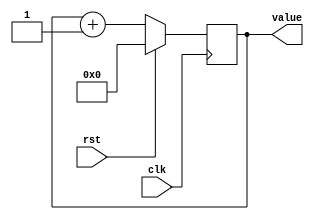
/*
   Parameters:
     SIZE = 8
     DIV = 0
     TOP = 0
     UP = 1
*/
module counter (
    input clk,
    input rst,
    output reg [7:0] value
  );

  // These are non-functional until I learn what they're for
  parameter SIZE = 4'h8;
  parameter DIV = 1'h0;
  parameter TOP = 1'h0;
  parameter UP = 1'h1;


  reg [7:0] M_ctr_d, M_ctr_q = 1'h0;

  localparam MAX_VALUE = 1'h0;

  always @* begin
    M_ctr_d = M_ctr_q;

    value = M_ctr_q[0+7-:8];
    if (1'h1) begin
      M_ctr_d = M_ctr_q + 1'h1;
      if (1'h0 && M_ctr_q == 1'h0) begin
        M_ctr_d = 1'h0;
      end
    end else begin
      M_ctr_d = M_ctr_q - 1'h1;
      if (1'h0 && M_ctr_q == 1'h0) begin
        M_ctr_d = 1'h0;
      end
    end
  end

  always @(posedge clk) begin
    if (rst == 1'b1) begin
      M_ctr_q <= 1'h0;
    end else begin
      M_ctr_q <= M_ctr_d;
    end
  end

endmodule